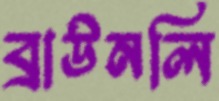
ব্রাউনলি